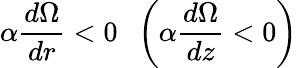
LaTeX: \alpha\frac{d\Omega}{dr}<0\; \; \left({\alpha\frac{d\Omega}{dz}<0}\right)